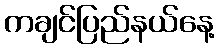
ကချင်ပြည်နယ်နေ့